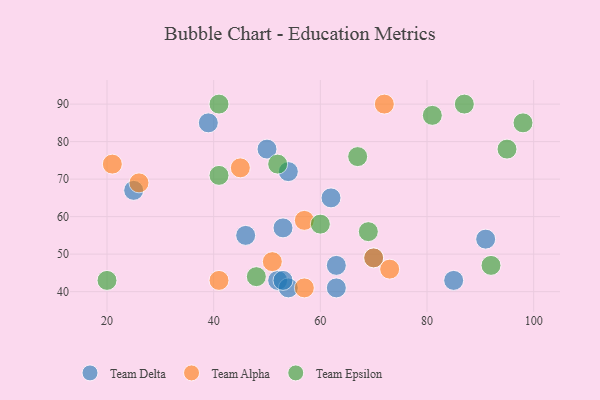
{"axis": {"x": "GDP", "y": "Life Expectancy"}, "legend": ["Team Alpha", "Team Delta", "Team Epsilon"], "data": [{"x": "39", "y": 85, "type": "Team Delta"}, {"x": "52", "y": 43, "type": "Team Delta"}, {"x": "53", "y": 57, "type": "Team Delta"}, {"x": "70", "y": 49, "type": "Team Delta"}, {"x": "63", "y": 47, "type": "Team Delta"}, {"x": "63", "y": 41, "type": "Team Delta"}, {"x": "54", "y": 41, "type": "Team Delta"}, {"x": "62", "y": 65, "type": "Team Delta"}, {"x": "46", "y": 55, "type": "Team Delta"}, {"x": "54", "y": 72, "type": "Team Delta"}, {"x": "53", "y": 43, "type": "Team Delta"}, {"x": "85", "y": 43, "type": "Team Delta"}, {"x": "50", "y": 78, "type": "Team Delta"}, {"x": "91", "y": 54, "type": "Team Delta"}, {"x": "25", "y": 67, "type": "Team Delta"}, {"x": "57", "y": 59, "type": "Team Alpha"}, {"x": "73", "y": 46, "type": "Team Alpha"}, {"x": "70", "y": 49, "type": "Team Alpha"}, {"x": "72", "y": 90, "type": "Team Alpha"}, {"x": "51", "y": 48, "type": "Team Alpha"}, {"x": "21", "y": 74, "type": "Team Alpha"}, {"x": "41", "y": 43, "type": "Team Alpha"}, {"x": "57", "y": 41, "type": "Team Alpha"}, {"x": "26", "y": 69, "type": "Team Alpha"}, {"x": "45", "y": 73, "type": "Team Alpha"}, {"x": "67", "y": 76, "type": "Team Epsilon"}, {"x": "69", "y": 56, "type": "Team Epsilon"}, {"x": "95", "y": 78, "type": "Team Epsilon"}, {"x": "92", "y": 47, "type": "Team Epsilon"}, {"x": "52", "y": 74, "type": "Team Epsilon"}, {"x": "41", "y": 71, "type": "Team Epsilon"}, {"x": "41", "y": 90, "type": "Team Epsilon"}, {"x": "81", "y": 87, "type": "Team Epsilon"}, {"x": "60", "y": 58, "type": "Team Epsilon"}, {"x": "48", "y": 44, "type": "Team Epsilon"}, {"x": "98", "y": 85, "type": "Team Epsilon"}, {"x": "20", "y": 43, "type": "Team Epsilon"}, {"x": "87", "y": 90, "type": "Team Epsilon"}]}